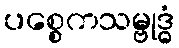
ပစ္စေကသမ္ဗုဒ္ဓံ